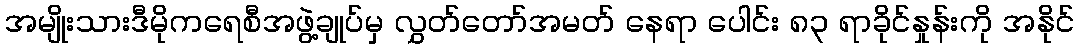
အမျိုးသားဒီမိုကရေစီအဖွဲ့ချုပ်မှ လွှတ်တော်အမတ် နေရာ ပေါင်း ၈၃ ရာခိုင်နှုန်းကို အနိုင်